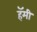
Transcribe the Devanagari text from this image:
हॅमी